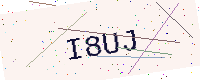
Text: I8UJ